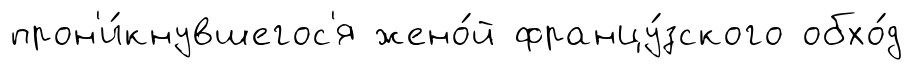
прон'и́кнувшегос'я жено́й францу́зского обхо́д